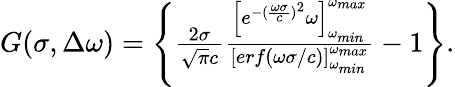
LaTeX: \begin{array}{r}{G(\sigma,\Delta\omega)=\left\{ \frac{2\sigma}{\sqrt{\pi}c}\frac{\left[e^{-(\frac{\omega\sigma}{c})^{2}}\omega\right]_{\omega_{min}}^{\omega_{max}}}{\left[erf(\omega\sigma/c)\right]_{\omega_{min}}^{\omega_{max}}}-1\right\} .}\end{array}